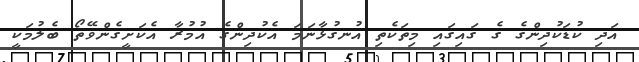
އަދި ކުޑަކުދިންގެ ގެ ގައިގައި މިތަކެތި އުނގުޅާނަމަ އެކުދިންގެ އުމުރާ އެކަށީގެންވޭތޯ ބެލުމަކީ